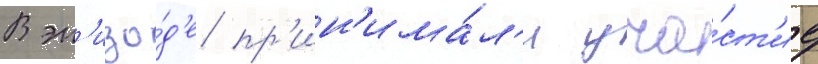
В эп'изо́д'е пр'ин'има́л'и уча́ст'ие